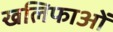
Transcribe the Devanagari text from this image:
खलिफाओं